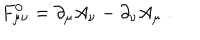
LaTeX: F _ { \mu \nu } ^ { 0 } = \partial _ { \mu } A _ { \nu } - \partial _ { \nu } A _ { \mu } \; .